Civil Veterinary Dept. Bombay admin report 1914-1922 - 1914-1922
Year: 1914
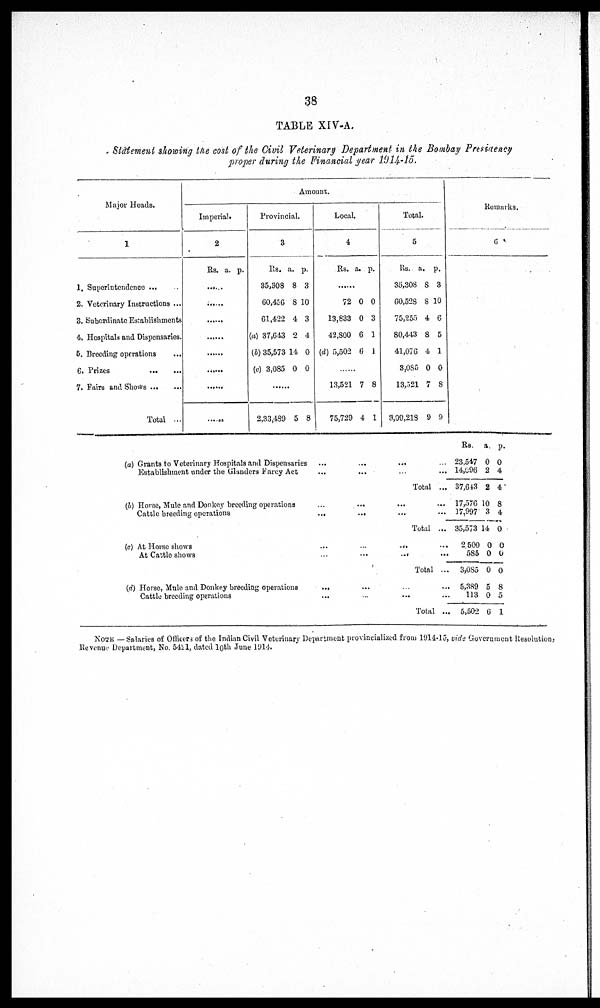
38
TABLE XIV-A.
Statement showing the cost of the Civil Veterinary Department in the Bombay Presidency
proper during the Financial year 1914-15.
Major Heads.
1
1. Superintendence ...
2. Veterinary Instructions ...
3. Subordinate Establishments
4. Hospitals and Dispensaries.
5. Breeding operations ...
6. Prizes
...
...
7. Fairs and Shows ... ...
Total ...
Amount.
Imperial.
2
Rs. a. p.
......
.
......
......
......
......
......
...
Provincial.
3
Rs.
35,308
60,456
61 ,422
(a) 37,643
(b) 35,573
(c) 3,085
a.
8
8
4
2
14
0
p.
3
10
3
4
0
0
......
2,33,489 5 8
Local.
4
Rs. a. p.
......
72
13,833
42,800
(d) 5,502
0
0
6
6
0
3
1
1
.......
13,521
75,729
7
4
8
1
Total.
5
Rs.
35,308
60,528
75,255
80,443
41,076
3,085
13,521
3,99,218
a.
8
8
4
8
4
0
7
9
p.
3
10
6
5
1
0
8
9
Remarks.
6
(a) Grants to Veterinary Hospitals and Dispensaries ... ... ... ...
Establishment under the Glanders Farcy Act ... ... ... ...
Total ...
(b) Horse, Mule and Donkey breeding operations ... ... ... ...
Cattle breeding operations ... ... ... ...
Total ...
(c) At Horse shows ... ... ... ...
At Cattle shows ... ... ... ...
Total ...
(d) Horse, Mule and Donkey breeding operations ... ... ... ...
Cattle breeding operations ... ... ... ...
Total ...
Rs
23,547
14,596
37,643
17,576
17,997
35,573
2 500
585
3,085
5,389
113
5,502
a
0
2
2
10
3
14
0
0
0
5
0
6
p.
0
4
4
8
4
0
0
0
0
8
5
1
NOTE —Salaries of Officer, of the Indian Civil Veterinary Department provincialized from 1914-15, vide Government Resolation,
Revenue Department, No. 5421, dated 10th June 1914.